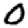
Digit: 0